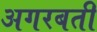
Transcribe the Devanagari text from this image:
अगरबती